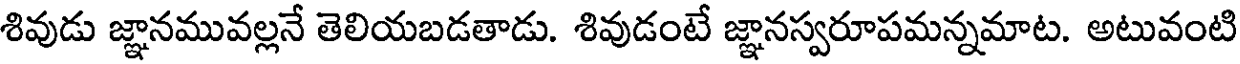
శివుడు జ్ఞానమువల్లనే తెలియబడతాడు. శివుడంటే జ్ఞానస్వరూపమన్నమాట. అటువంటి